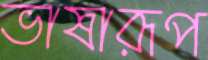
ভাষারূপ